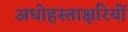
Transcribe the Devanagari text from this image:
अधोहस्ताक्षरियों